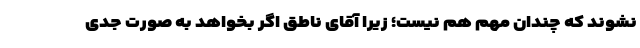
نشوند که چندان مهم هم نیست؛ زیرا آقای ناطق اگر بخواهد به‌ صورت جدی